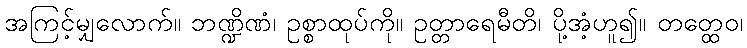
အကြင့်မျှလောက်။ ဘဏ္ဍိဏံ၊ ဥစ္စာထုပ်ကို။ ဥတ္တာရေမီတိ၊ ပို့အံ့ဟူ၍။ တတ္ထေဝ၊